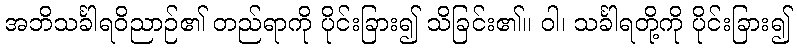
အဘိသင်္ခါရဝိညာဉ်၏ တည်ရာကို ပိုင်းခြား၍ သိခြင်း၏။ ဝါ၊ သင်္ခါရတို့ကို ပိုင်းခြား၍